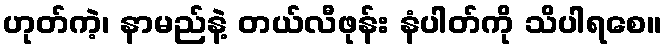
ဟုတ်ကဲ့၊ နာမည်နဲ့ တယ်လီဖုန်း နံပါတ်ကို သိပါရစေ။